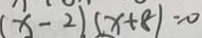
( x - 2 ) ( x + 8 ) = 0